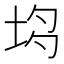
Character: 𡋝